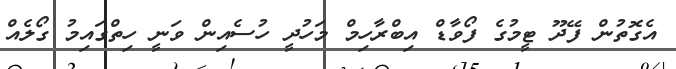
އެގޮތުން ފޭދޫ ޓީމުގެ ފޯވާޑް އިބްރާހިމް މަހުދީ ހުސެއިން ވަނީ ހިތްގައިމު ގޯލެއް